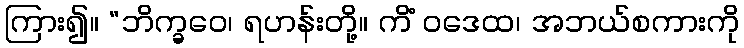
ကြား၍။ “ဘိက္ခဝေ၊ ရဟန်းတို့။ ကိံ ဝဒေထ၊ အဘယ်စကားကို